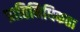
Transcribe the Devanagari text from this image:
प्रातिनिधिकता